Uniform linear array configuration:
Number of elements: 12
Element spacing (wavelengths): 0.5
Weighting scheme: exponential
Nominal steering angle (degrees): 15
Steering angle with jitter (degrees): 16.484
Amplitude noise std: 0.05
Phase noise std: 0.05

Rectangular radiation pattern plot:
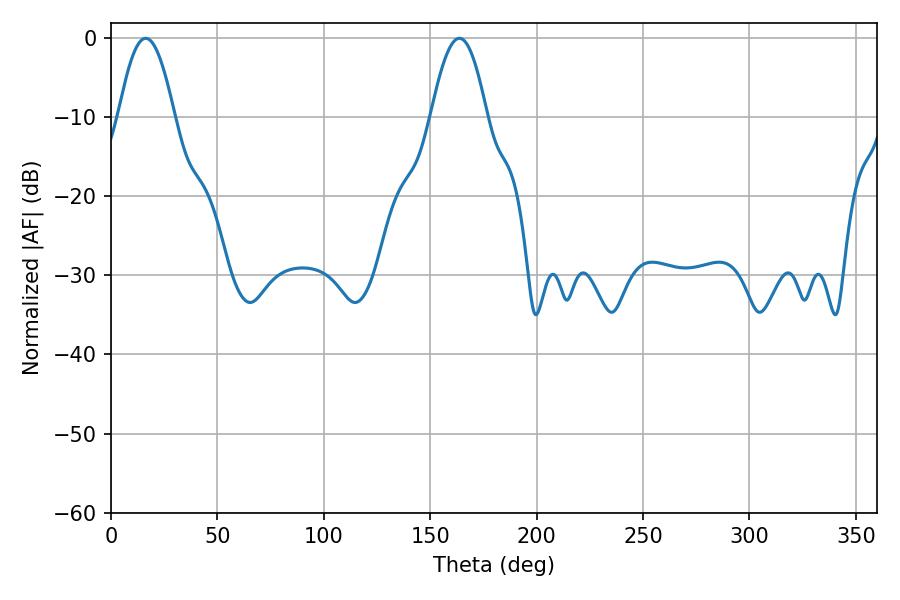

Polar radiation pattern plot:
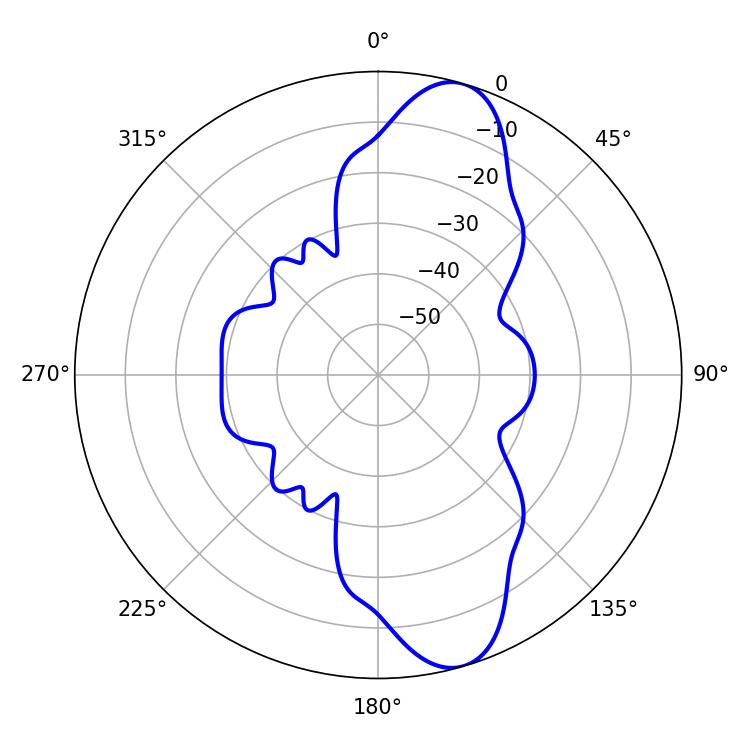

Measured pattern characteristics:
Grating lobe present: FALSE
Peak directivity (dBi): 11.019
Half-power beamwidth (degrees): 14.4
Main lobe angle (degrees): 16.38